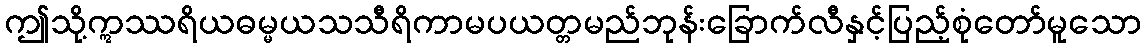
ဤသို့ဣဿရိယဓမ္မယသသီရိကာမပယတ္တမည်ဘုန်းခြောက်လီနှင့်ပြည့်စုံတော်မူသော